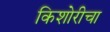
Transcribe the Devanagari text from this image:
किशोरीचा